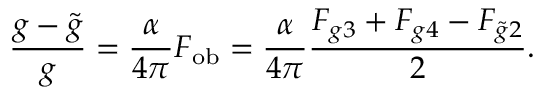
\frac { g - \tilde { g } } { g } = \frac { \alpha } { 4 \pi } F _ { \mathrm { o b } } = \frac { \alpha } { 4 \pi } \frac { F _ { g 3 } + F _ { g 4 } - F _ { \tilde { g } 2 } } { 2 } .